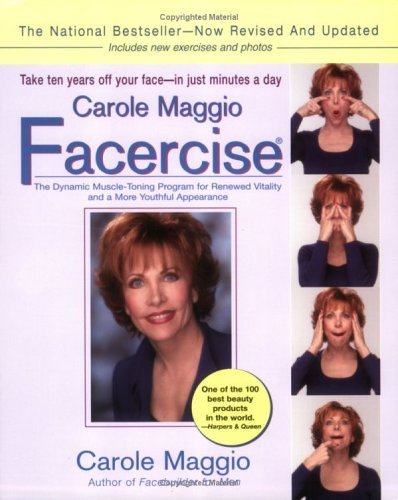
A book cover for Carole Maggio Facercise: The Dynamic Muscle-Toning Program for Renewed Vitality and a More Youthful Appearance (Revised, Updated) (Paperback); Carole Maggio (Author); Health, Fitness & Dieting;